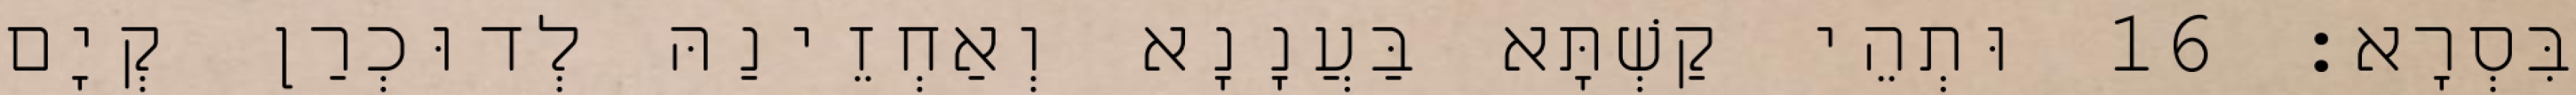
בִּסְרָא׃ 16 וּתְהֵי קַשְׁתָּא בַּעֲנָנָא וְאַחְזֵינַהּ לְדוּכְרַן קְיָם